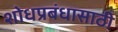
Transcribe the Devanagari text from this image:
शोधप्रबंधासाठी